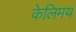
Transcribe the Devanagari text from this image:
केलिमय